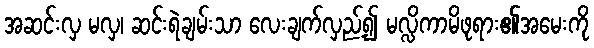
အဆင်းလှ မလှ၊ ဆင်းရဲချမ်းသာ လေးချက်လှည့်၍ မလ္လိကာမိဖုရား၏အမေးကို